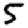
Digit: 5